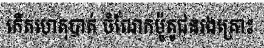
កើតហេតុបាត់ ចំណែកម៉ូតូជនរងគ្រោះ